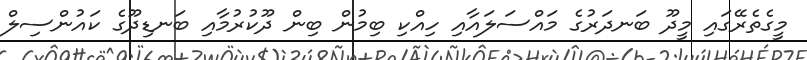
މީގެތެރޭގައި މީދޫ ބަނދަރުގެ މައްސަލައާއި ހިއްކި ބިމުން ބިން ދޫކުރުމާއި ބަނޑިދޫގެ ކައުންސިލް